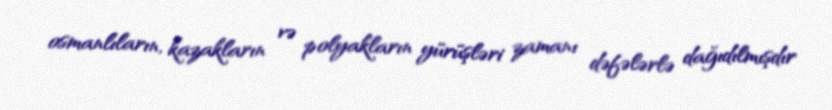
osmanlıların, kazakların və polyakların yürüşləri zamanı dəfələrlə dağıdılmışdır